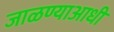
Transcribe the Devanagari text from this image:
जाळण्याआधी